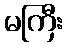
မကြီး